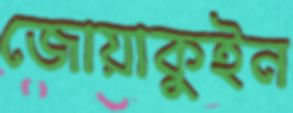
জোয়াকুইন